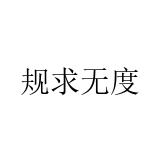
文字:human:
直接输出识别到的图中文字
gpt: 规求无度